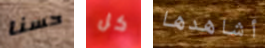
حسنا كل أشاهدها